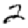
Digit: 2